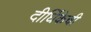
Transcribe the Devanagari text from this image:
दीर्घिकेची